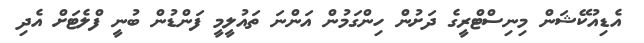
އެޑިއުކޭޝަން މިިނިސްޓްރީގެ ދަށުން ހިންގަމުން އަންނަ ތައުލީމީ ފަންޑުން ބުނީ ފްލެޓަށް އެދި